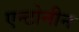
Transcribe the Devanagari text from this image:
एन्टोनीन